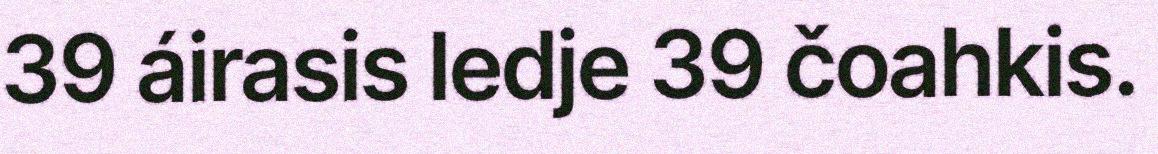
39 áirasis ledje 39 čoahkis.